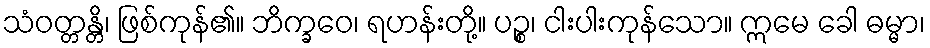
သံဝတ္တန္တိ၊ ဖြစ်ကုန်၏။ ဘိက္ခဝေ၊ ရဟန်းတို့။ ပဉ္စ၊ ငါးပါးကုန်သော။ ဣမေ ခေါ ဓမ္မာ၊